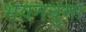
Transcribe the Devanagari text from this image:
भवननुमा